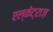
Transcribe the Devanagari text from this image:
एल्केट्राज़